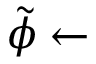
\Tilde { \phi } \gets